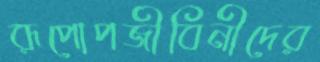
রূপোপজীবিনীদের